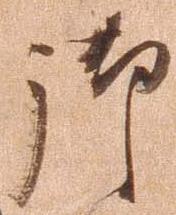
御